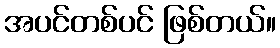
အပင်တစ်ပင် ဖြစ်တယ်။